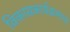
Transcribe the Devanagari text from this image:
विकासकार्यक्रमाचा